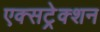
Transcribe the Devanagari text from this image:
एक्सट्रेक्शन